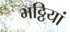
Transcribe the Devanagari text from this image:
भठ्ठियां